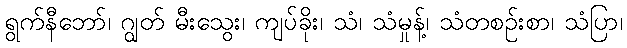
ရွက်နီဘော်၊ ဂျွတ် မီးသွေး၊ ကျပ်ခိုး၊ သံ၊ သံမှုန့်၊ သံတစဉ်းစာ၊ သံပြာ၊